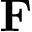
\mathbf { F }